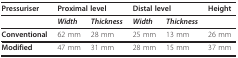
<table><thead><tr><td><b>Pressuriser</b></td><td colspan="2"><b>Proximal level</b></td><td colspan="2"><b>Distal level</b></td><td><b>Height</b></td></tr></thead><tbody><tr><td></td><td><b><i>Width</i></b></td><td><b><i>Thickness</i></b></td><td><b><i>Width</i></b></td><td><b><i>Thickness</i></b></td><td></td></tr><tr><td><b>Conventional</b></td><td>62 mm</td><td>28 mm</td><td>25 mm</td><td>13 mm</td><td>26 mm</td></tr><tr><td><b>Modified</b></td><td>47 mm</td><td>31 mm</td><td>28 mm</td><td>15 mm</td><td>37 mm</td></tr></tbody></table>